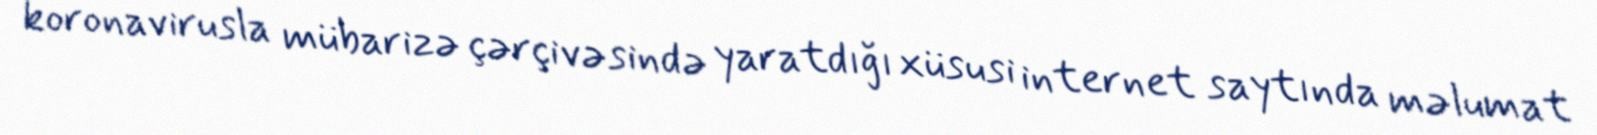
koronavirusla mübarizə çərçivəsində yaratdığı xüsusi internet saytında məlumat